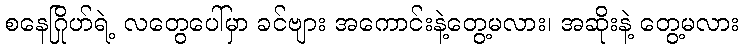
စနေဂြိုဟ်ရဲ့ လတွေပေါ်မှာ ခင်ဗျား အကောင်းနဲ့တွေ့မလား၊ အဆိုးနဲ့ တွေ့မလား